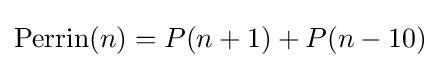
\mathrm {Perrin} (n)=P(n+1)+P(n-10)